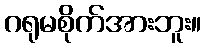
ဂရုမစိုက်အားဘူး။